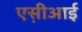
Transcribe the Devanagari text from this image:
एस़ीआई